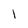
Character: 1